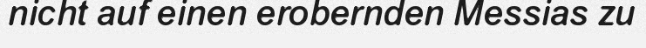
nicht auf einen erobernden Messias zu